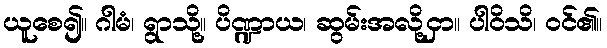
ယူစေ၍။ ဂါမံ၊ ရွာသို့။ ပိဏ္ဍာယ၊ ဆွမ်းအလို့ငှာ။ ပါဝိသိ၊ ဝင်၏။